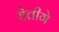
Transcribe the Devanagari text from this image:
हेत्तीगे